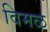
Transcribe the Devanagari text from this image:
विमळ